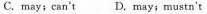
C. may;can't D. may;mustn't